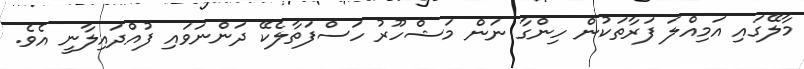
މާލޭގައި އަމިއްލަ ފަރާތަކުން ހިންގާ ނަން މަޝްހޫރު ހަސްފަތާލެކޭ ދަންނަވައި ފުއްދައިލާނީ އެވެ.